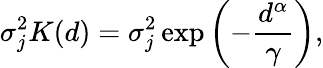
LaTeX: \sigma_{j}^{2}K(d)=\sigma_{j}^{2}\exp\left(-\frac{d^{\alpha}}{\gamma}\right),